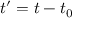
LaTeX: t ^ { \prime } = t - t _ { 0 }